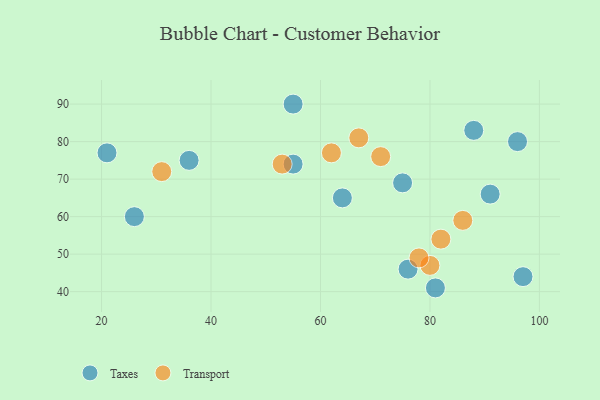
{"axis": {"x": "GDP", "y": "Life Expectancy"}, "legend": ["Taxes", "Transport"], "data": [{"x": "88", "y": 83, "type": "Taxes"}, {"x": "21", "y": 77, "type": "Taxes"}, {"x": "97", "y": 44, "type": "Taxes"}, {"x": "81", "y": 41, "type": "Taxes"}, {"x": "96", "y": 80, "type": "Taxes"}, {"x": "75", "y": 69, "type": "Taxes"}, {"x": "91", "y": 66, "type": "Taxes"}, {"x": "55", "y": 74, "type": "Taxes"}, {"x": "36", "y": 75, "type": "Taxes"}, {"x": "64", "y": 65, "type": "Taxes"}, {"x": "55", "y": 90, "type": "Taxes"}, {"x": "26", "y": 60, "type": "Taxes"}, {"x": "76", "y": 46, "type": "Taxes"}, {"x": "71", "y": 76, "type": "Transport"}, {"x": "62", "y": 77, "type": "Transport"}, {"x": "80", "y": 47, "type": "Transport"}, {"x": "67", "y": 81, "type": "Transport"}, {"x": "78", "y": 49, "type": "Transport"}, {"x": "31", "y": 72, "type": "Transport"}, {"x": "86", "y": 59, "type": "Transport"}, {"x": "82", "y": 54, "type": "Transport"}, {"x": "53", "y": 74, "type": "Transport"}]}